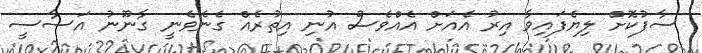
ސާފުކޮށް ލިޔެފައިވާ އިރު އެއަށް އެއްވެސް އުނި އިތުރެއް ގެނެވެނީ ގާނޫނު އަސާސީ